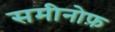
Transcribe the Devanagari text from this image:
समीनोफ़